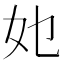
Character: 𭑫